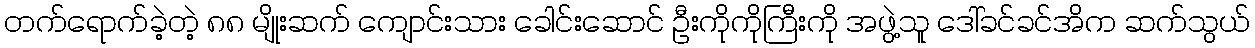
တက်ရောက်ခဲ့တဲ့ ၈၈ မျိုးဆက် ကျောင်းသား ခေါင်းဆောင် ဦးကိုကိုကြီးကို အဖွဲ့သူ ဒေါ်ခင်ခင်အိက ဆက်သွယ်